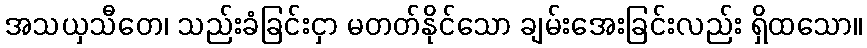
အသယှသီတေ၊ သည်းခံခြင်းငှာ မတတ်နိုင်သော ချမ်းအေးခြင်းလည်း ရှိထသော။